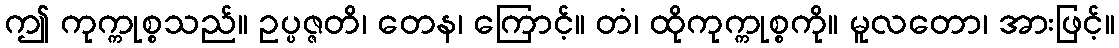
ဤ ကုက္ကုစ္စသည်။ ဥပ္ပဇ္ဇတိ၊ တေန၊ ကြောင့်။ တံ၊ ထိုကုက္ကုစ္စကို။ မူလတော၊ အားဖြင့်။